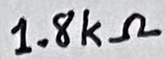
Text: 1.8kΩ